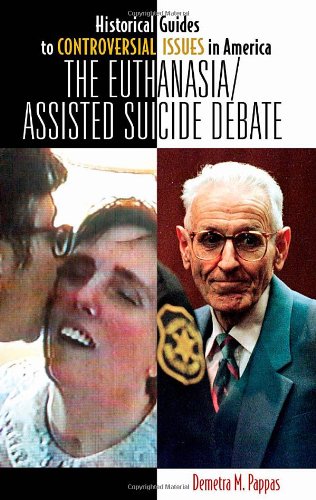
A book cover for The Euthanasia/Assisted-Suicide Debate (Historical Guides to Controversial Issues in America); Demetra M. Pappas; Medical Books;